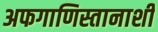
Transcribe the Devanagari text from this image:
अफगाणिस्तानाशी